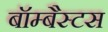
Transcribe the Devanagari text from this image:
बॉम्बैस्टस